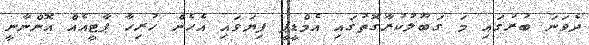
ދެވަނަ ބުރުގައި މަ ގަބޫލުކުރާގޮތުގައި އެމްޑީޕީ ފިޔަވައި އެހެން ހުރިހާ ޕާޓީއެއް އޮންނާނީ